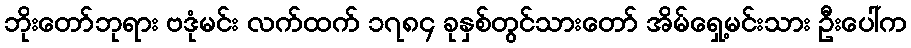
ဘိုးတော်ဘုရား ဗဒုံမင်း လက်ထက် ၁၇၈၄ ခုနှစ်တွင်သားတော် အိမ်ရှေ့မင်းသား ဦးပေါ်က